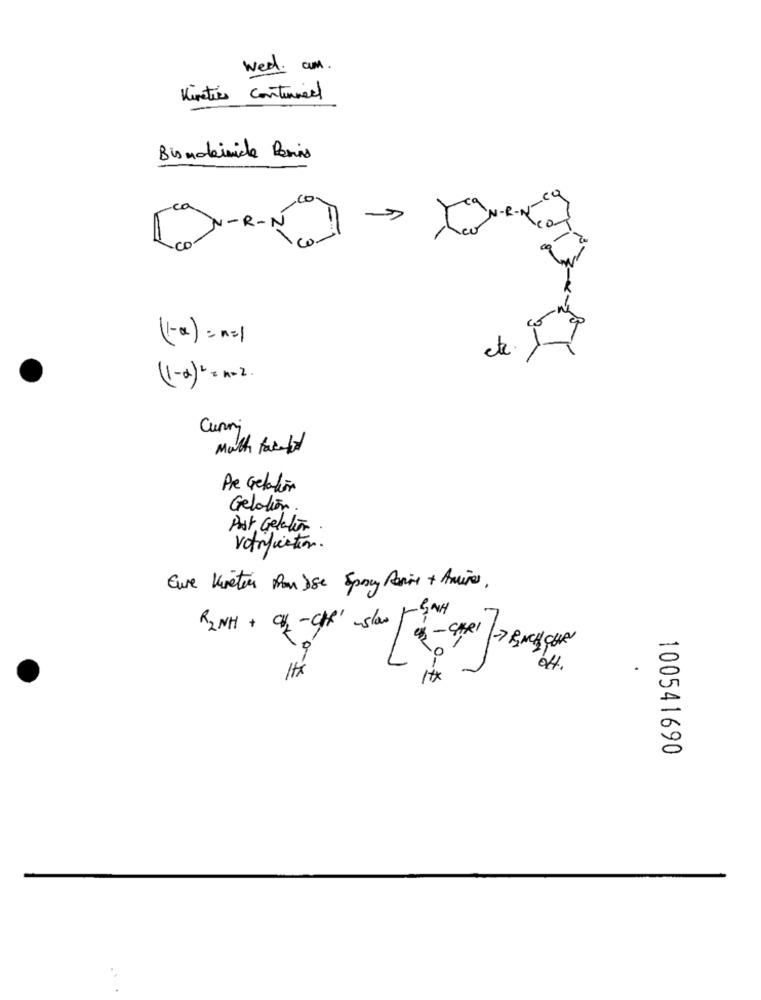
wed. am .
Kinetics Continued
Bis moleinicke Remis
CO- R- N
(-a) = n=1
etc
(1- 2) = = = 2.
Curri
Math faceted
Pre Grelation
Gelation
Post Gelation.
verification.
Eure Kneten Pou Sse Spray Paint + Amures.
RINH + 02 - CH' -slow
- CARI -> BACH QUR
1tx
1tx
100541690